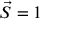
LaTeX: { \vec { S } } = 1